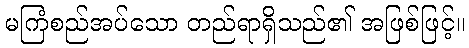
မကြံစည်အပ်သော တည်ရာရှိသည်၏ အဖြစ်ဖြင့်။